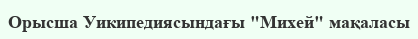
Орысша Уикипедиясындағы "Михей" мақаласы